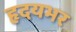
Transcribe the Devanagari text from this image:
हृदयभर